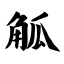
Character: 觚